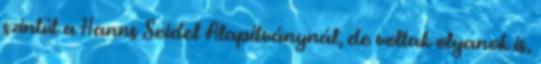
szintût a Hanns Seidel Alapítványnál, de voltak olyanok is,